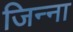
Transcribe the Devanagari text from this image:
जिन्‍ना